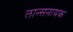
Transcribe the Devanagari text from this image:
लान्सनायक